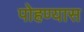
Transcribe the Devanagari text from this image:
पोहण्यास